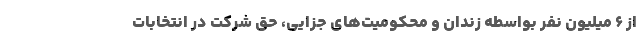
از ۶ میلیون نفر بواسطه زندان و محکومیت‌های جزایی، حق شرکت در انتخابات